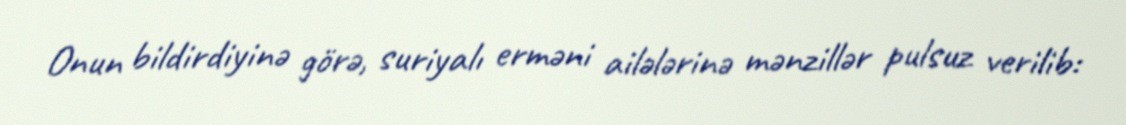
Onun bildirdiyinə görə, suriyalı erməni ailələrinə mənzillər pulsuz verilib: